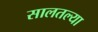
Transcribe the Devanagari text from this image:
सालतल्या